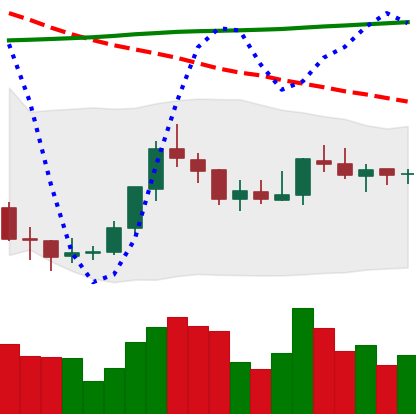
Ticker: EOS-USD
Chart end date: 2018-07-29
Forward return: -13.684%
Label: down_7plus